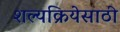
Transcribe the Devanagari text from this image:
शल्यक्रियेसाठी